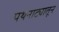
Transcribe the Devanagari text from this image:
पथनाट्यातून